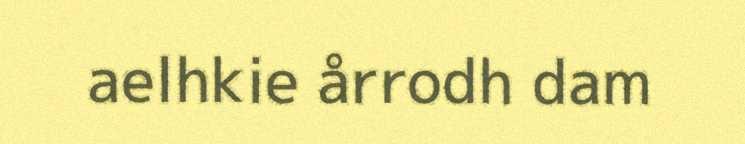
aelhkie årrodh dam